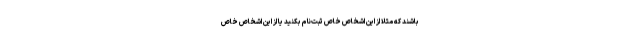
باشند که مثلاً از این اشخاص خاص ثبت‌نام بکنید یا از این اشخاص خاص